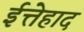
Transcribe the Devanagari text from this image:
ईत्तेहाद